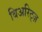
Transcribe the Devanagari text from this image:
बिअरिट्ज़